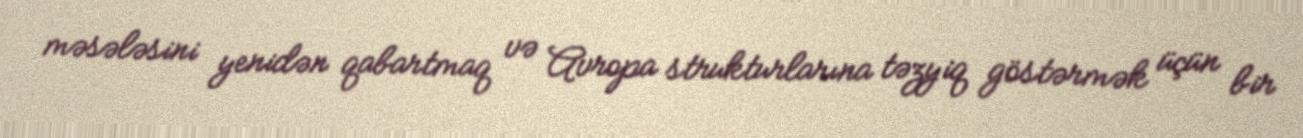
məsələsini yenidən qabartmaq və Avropa strukturlarına təzyiq göstərmək üçün bir